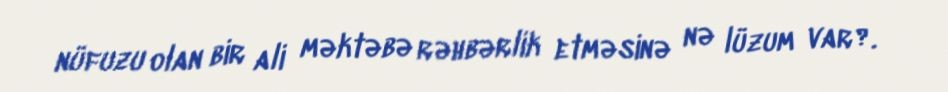
nüfuzu olan bir ali məktəbə rəhbərlik etməsinə nə lüzum var?.